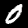
Label: 0